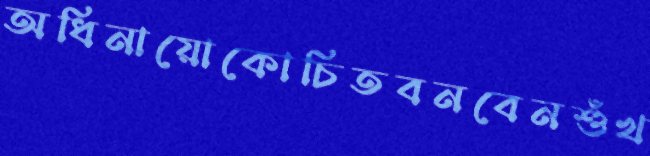
অধিনায়োকোচিতবনবেনশুঁখ